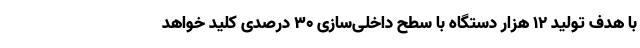
با هدف تولید ۱۲ هزار دستگاه با سطح داخلی‌سازی ۳۰ درصدی کلید خواهد